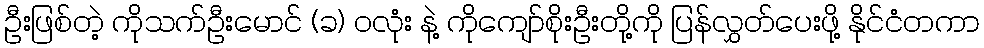
ဦးဖြစ်တဲ့ ကိုသက်ဦးမောင် (ခ) ဝလုံး နဲ့ ကိုကျော်စိုးဦးတို့ကို ပြန်လွှတ်ပေးဖို့ နိုင်ငံတကာ